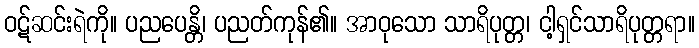
ဝဋ်ဆင်းရဲကို။ ပညပေန္တိ၊ ပညတ်ကုန်၏။ အာဝုသော သာရိပုတ္တ၊ ငါ့ရှင်သာရိပုတ္တရာ။